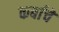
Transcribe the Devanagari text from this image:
कर्बाचे